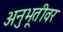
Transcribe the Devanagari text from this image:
अनुभूतीवर